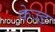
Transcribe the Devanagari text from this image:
केज्ड